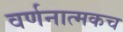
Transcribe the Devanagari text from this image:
वर्णनात्मकच